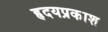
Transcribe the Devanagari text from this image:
हृदयप्रकाश